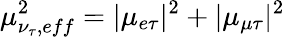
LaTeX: \mu_{\nu_{\tau},eff}^{2}=|{\mu}_{e\tau}|^{2}+|{\mu}_{\mu\tau}|^{2}